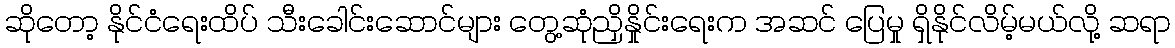
ဆိုတော့ နိုင်ငံရေးထိပ် သီးခေါင်းဆောင်များ တွေ့ဆုံညှိနှိုင်းရေးက အဆင် ပြေမှု ရှိနိုင်လိမ့်မယ်လို့ ဆရာ